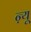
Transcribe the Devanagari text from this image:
ऩ्यू